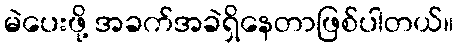
မဲပေးဖို့ အခက်အခဲရှိနေတာဖြစ်ပါတယ်။